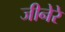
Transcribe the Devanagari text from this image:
जीनेरे